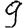
Digit: 9